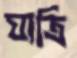
যাত্রি